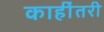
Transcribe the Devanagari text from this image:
काहींतरी